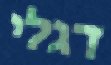
דגלי